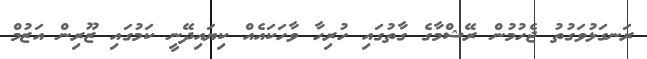
ރަނގަޅުވަގުތު ޖެހުމުން ރޭޝްމާގެ ގާތުގައި ހުރިހާ ވާހަކައެއް ކިޔައިދޭނީ ކަމުގައި ޒޫރިން އަޒުމް